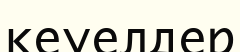
кеуелдер